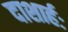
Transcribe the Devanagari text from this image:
दाशार्हः